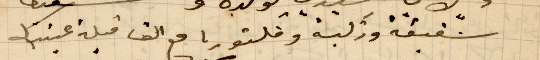
شفيقة وزكية وفكتوريا مع الف قبلة عينيك